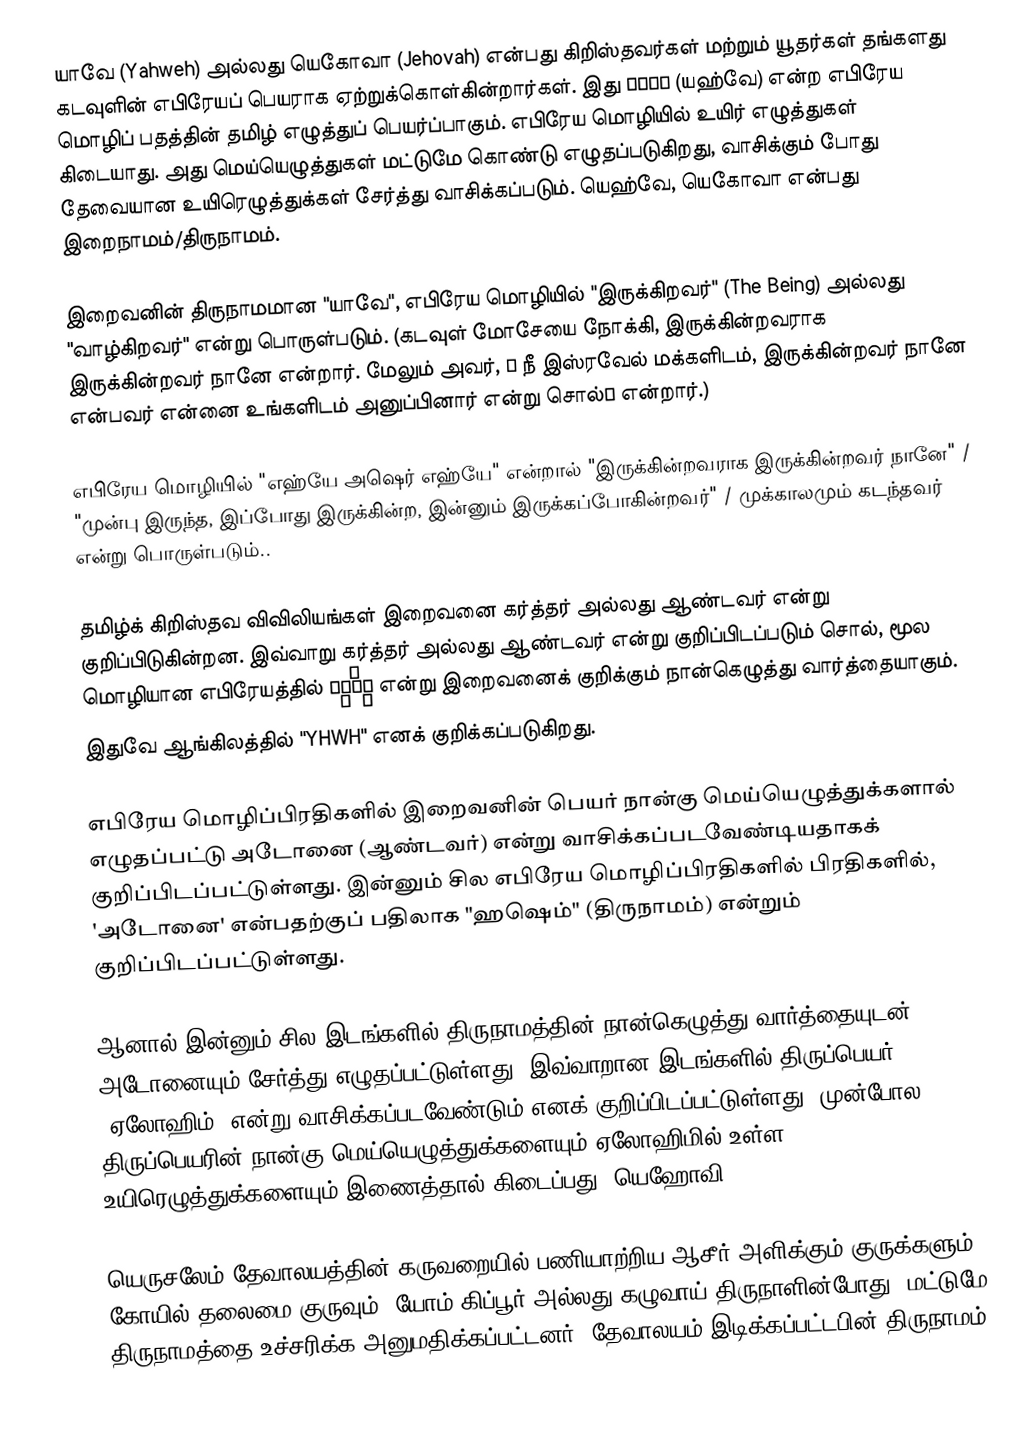
யாவே (Yahweh) அல்லது யெகோவா (Jehovah) என்பது கிறிஸ்தவர்கள் மற்றும் யூதர்கள் தங்களது கடவுளின் எபிரேயப் பெயராக ஏற்றுக்கொள்கின்றார்கள். இது יהוה (யஹ்வே) என்ற எபிரேய மொழிப் பதத்தின் தமிழ் எழுத்துப் பெயர்ப்பாகும். எபிரேய மொழியில் உயிர் எழுத்துகள் கிடையாது. அது மெய்யெழுத்துகள் மட்டுமே கொண்டு எழுதப்படுகிறது, வாசிக்கும் போது தேவையான உயிரெழுத்துக்கள் சேர்த்து வாசிக்கப்படும். யெஹ்வே, யெகோவா என்பது இறைநாமம்/திருநாமம்.

இறைவனின் திருநாமமான "யாவே", எபிரேய மொழியில் "இருக்கிறவர்" (The Being) அல்லது "வாழ்கிறவர்" என்று பொருள்படும். (கடவுள் மோசேயை நோக்கி, இருக்கின்றவராக இருக்கின்றவர் நானே என்றார். மேலும் அவர், ″ நீ இஸ்ரவேல் மக்களிடம், இருக்கின்றவர் நானே என்பவர் என்னை உங்களிடம் அனுப்பினார் என்று சொல்″ என்றார்.)

எபிரேய மொழியில் "எஹ்யே அஷெர் எஹ்யே" என்றால் "இருக்கின்றவராக இருக்கின்றவர் நானே" / "முன்பு இருந்த, இப்போது இருக்கின்ற, இன்னும் இருக்கப்போகின்றவர்" / முக்காலமும் கடந்தவர் என்று பொருள்படும்..

தமிழ்க் கிறிஸ்தவ விவிலியங்கள் இறைவனை கர்த்தர் அல்லது ஆண்டவர் என்று குறிப்பிடுகின்றன. இவ்வாறு கர்த்தர் அல்லது ஆண்டவர் என்று குறிப்பிடப்படும் சொல், மூல மொழியான எபிரேயத்தில் יְהֹוָה என்று இறைவனைக் குறிக்கும் நான்கெழுத்து வார்த்தையாகும். இதுவே ஆங்கிலத்தில் "YHWH" எனக் குறிக்கப்படுகிறது.

எபிரேய மொழிப்பிரதிகளில் இறைவனின் பெயர் நான்கு மெய்யெழுத்துக்களால் எழுதப்பட்டு அடோனை (ஆண்டவர்) என்று வாசிக்கப்படவேண்டியதாகக் குறிப்பிடப்பட்டுள்ளது. இன்னும் சில எபிரேய மொழிப்பிரதிகளில் பிரதிகளில், 'அடோனை' என்பதற்குப் பதிலாக "ஹஷெம்" (திருநாமம்) என்றும் குறிப்பிடப்பட்டுள்ளது.

ஆனால் இன்னும் சில இடங்களில் திருநாமத்தின் நான்கெழுத்து வார்த்தையுடன் அடோனையும் சேர்த்து எழுதப்பட்டுள்ளது. இவ்வாறான இடங்களில் திருப்பெயர் "ஏலோஹிம்" என்று வாசிக்கப்படவேண்டும் எனக் குறிப்பிடப்பட்டுள்ளது. முன்போல, திருப்பெயரின் நான்கு மெய்யெழுத்துக்களையும் ஏலோஹிமில் உள்ள உயிரெழுத்துக்களையும் இணைத்தால் கிடைப்பது "யெஹோவி".

யெருசலேம் தேவாலயத்தின் கருவறையில் பணியாற்றிய ஆசீர் அளிக்கும் குருக்களும், கோயில் தலைமை குருவும் (யோம் கிப்பூர் அல்லது கழுவாய் திருநாளின்போது) மட்டுமே திருநாமத்தை உச்சரிக்க அனுமதிக்கப்பட்டனர். தேவாலயம் இடிக்கப்பட்டபின் திருநாமம்